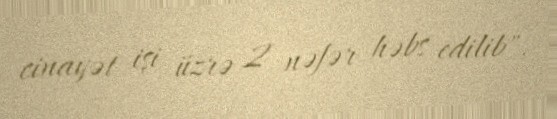
cinayət işi üzrə 2 nəfər həbs edilib".